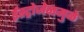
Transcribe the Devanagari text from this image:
ईस्ट्रोजेनमुळे